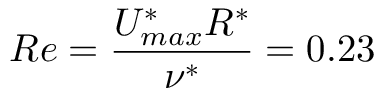
R e = \frac { U _ { m a x } ^ { * } R ^ { * } } { \nu ^ { * } } = 0 . 2 3